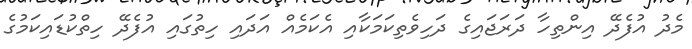
މެދު އުފެދޭ އިންތިހާ ދަރަޖައިގެ ދަހިވެތިކަމަކާއި އެކަމެއް އަދައި ހިތުގައި އުފެދޭ ހިތްކުޑައިކަމުގެ